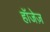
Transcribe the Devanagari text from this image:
हॉजेज़